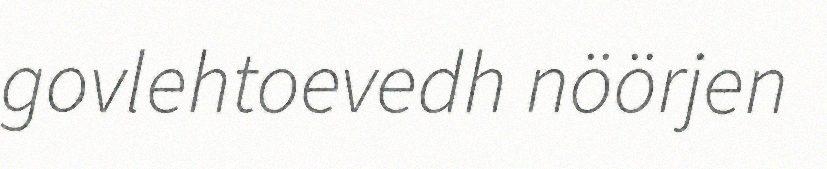
govlehtoevedh nöörjen